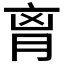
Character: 𦚾